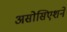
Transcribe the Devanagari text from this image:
असोसिएशने